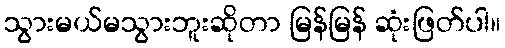
သွားမယ်မသွားဘူးဆိုတာ မြန်မြန် ဆုံးဖြတ်ပါ။